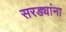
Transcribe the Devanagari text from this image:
सरड्यांना